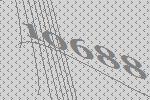
10688